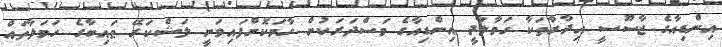
އިންޑިއާގެ ޖާސޫސީ އިދާރާތަކާ ހަވާލާދީ އިންޑިއާގެ މަސްދަރަކުން ހާމަކޮށްފައިވަނީ ލަޝްކަރޭ ޠައިބާގެ ހަމަލާތައް